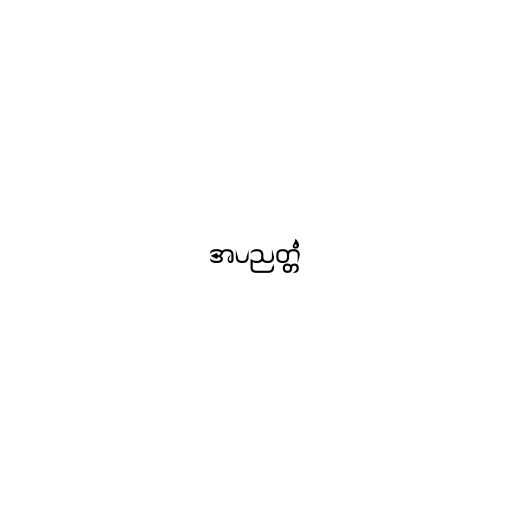
အပညတ္တံ